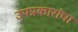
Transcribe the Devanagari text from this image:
उपप्रकारांचा